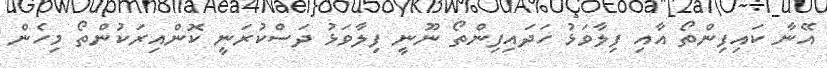
އޭނާ ކައިފިންތޯ އާއި ފިލާވަޅު ހަދައިފިންތޯ ނޫނީ ފިލާވަޅު ދަސްކުރަނީ ކޮންއިރަކުންތޯ މިހެން